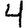
Digit: 4